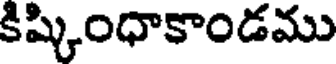
కిష్కింధాకాండము